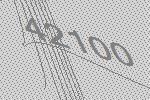
42100